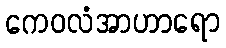
ကေဝလံအာဟာရော